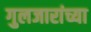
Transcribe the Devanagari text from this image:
गुलजारांच्या